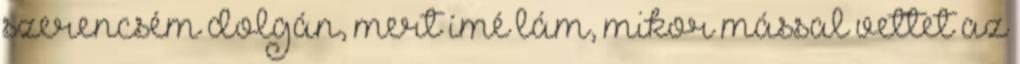
szerencsém dolgán, mert ímé lám, mikor mással vettet az